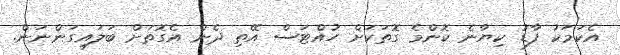
އެކަމަކު ފާޑު ކިޔާނެ ކޮންމެ ގޮތަކަށް ހުއްޓަސް އޭތި ދެން އެގޮތަށް ބަލައިގަންނަން.